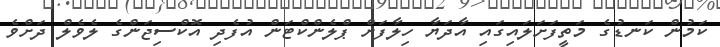
ކަމުން ކަނޑުގެ މަތީފަށަލައިގައި އާދަޔާ ހިލާފަށް ޕްލެންކްޓަން އުފެދި އޮކްސިޖަންގެ ލެވެލް ދަށްވެ